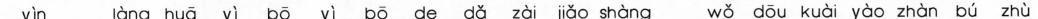
yìn làng huā yì bō yì bō de dǎ zài jǎo shàng wǒ dōu kuài yào zhàn bú zhù